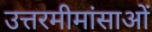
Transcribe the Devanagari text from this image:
उत्तरमीमांसाओं